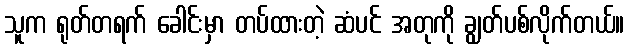
သူက ရုတ်တရက် ခေါင်းမှာ တပ်ထားတဲ့ ဆံပင် အတုကို ချွတ်ပစ်လိုက်တယ်။